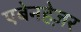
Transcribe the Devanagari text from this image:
एबेनहेज़र